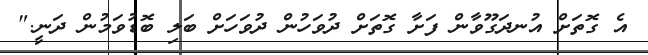
އެ ގޮތަށް އުނދަގޫވާން ފަށާ ގޮތަށް ދުވަހުން ދުވަހަށް ބަލި ބޮޑުވަމުން ދަނީ."